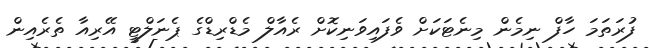
ފުރަތަމަ ހާފް ނިމެން މިނެޓަކަށް ވެފައިވަނިކޮށް ރެއާލް މެޑްރިޑްގެ ޕެނަލްޓީ އޭރިއާ ތެރެއިން